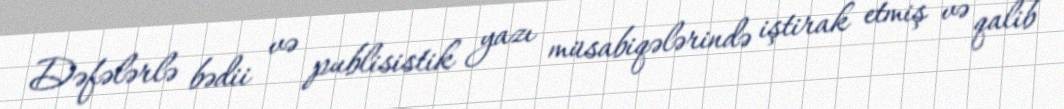
Dəfələrlə bədii və publisistik yazı müsabiqələrində iştirak etmiş və qalib